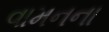
વામનના